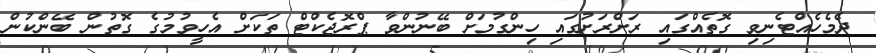
ދެމެހެއްޓެނިވި ގޮތެއްގައި ރަށްރަށުގައި ހިންގުމަށް ބޭނުންވާ ޕްރޮޖެކްޓް ތަކަށް އެހީވުމުގެ ގޮތުން ބޭންކުން